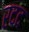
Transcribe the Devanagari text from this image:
रदद